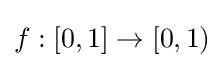
f:[0,1]\to [0,1)